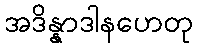
အဒိန္နာဒါနဟေတု